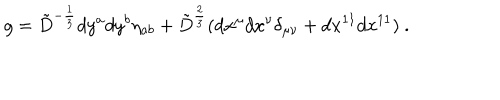
g = { \tilde { D } } ^ { - { \frac { 1 } { 3 } } } d y ^ { a } d y ^ { b } \eta _ { a b } + { \tilde { D } } ^ { { \frac { 2 } { 3 } } } ( d x ^ { \mu } d x ^ { \nu } \delta _ { \mu \nu } + d x ^ { 1 1 } d x ^ { 1 1 } ) \ .